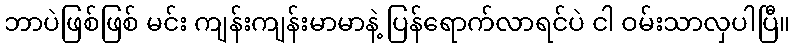
ဘာပဲဖြစ်ဖြစ် မင်း ကျန်းကျန်းမာမာနဲ့ ပြန်ရောက်လာရင်ပဲ ငါ ဝမ်းသာလှပါပြီ။